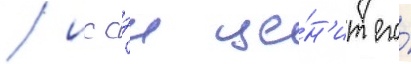
/ иссэи це́н'ит его́